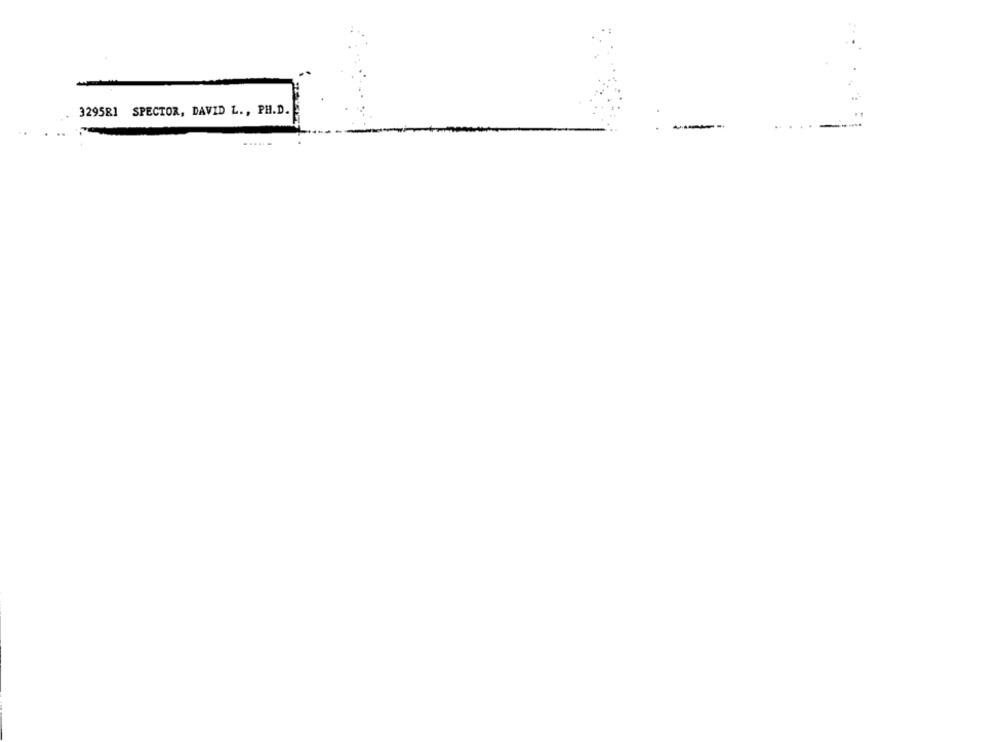
329581 SPECTOR, DAVID L ., PH.D.